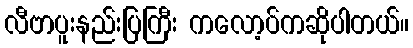
လီဗာပူးနည်းပြကြီး ကလော့ပ်ကဆိုပါတယ်။